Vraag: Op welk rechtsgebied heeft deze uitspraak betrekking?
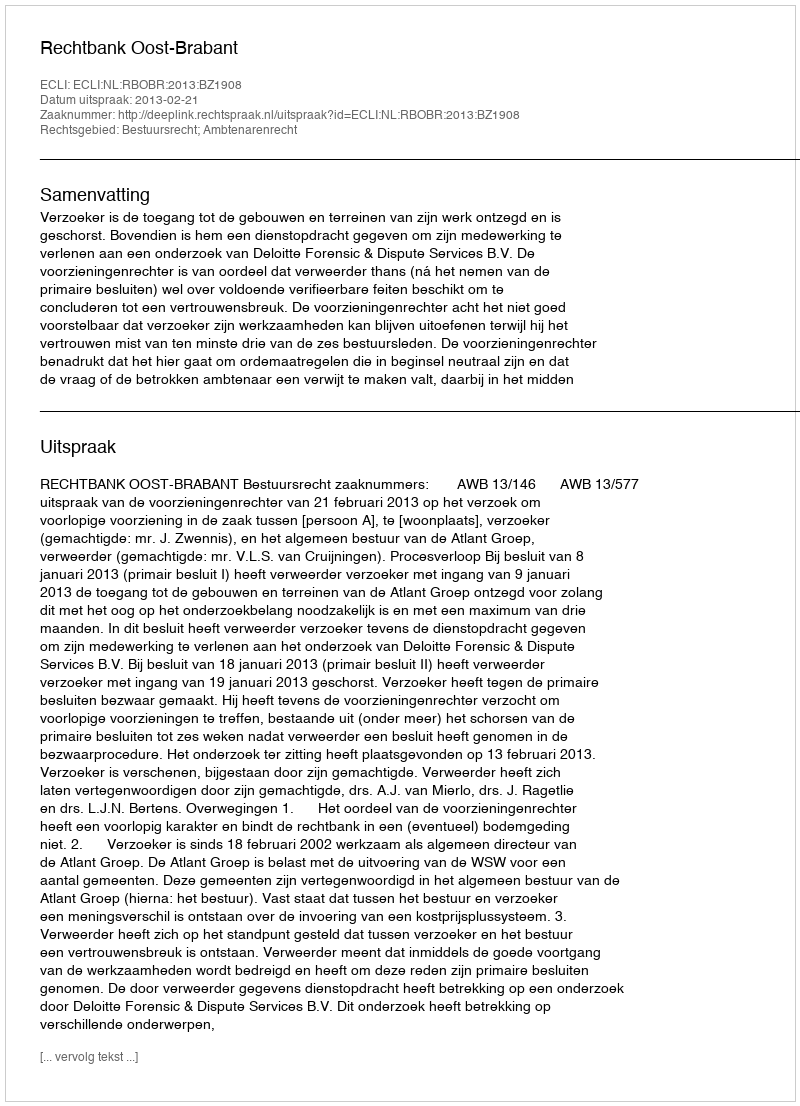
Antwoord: Bestuursrecht; Ambtenarenrecht